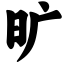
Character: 旷